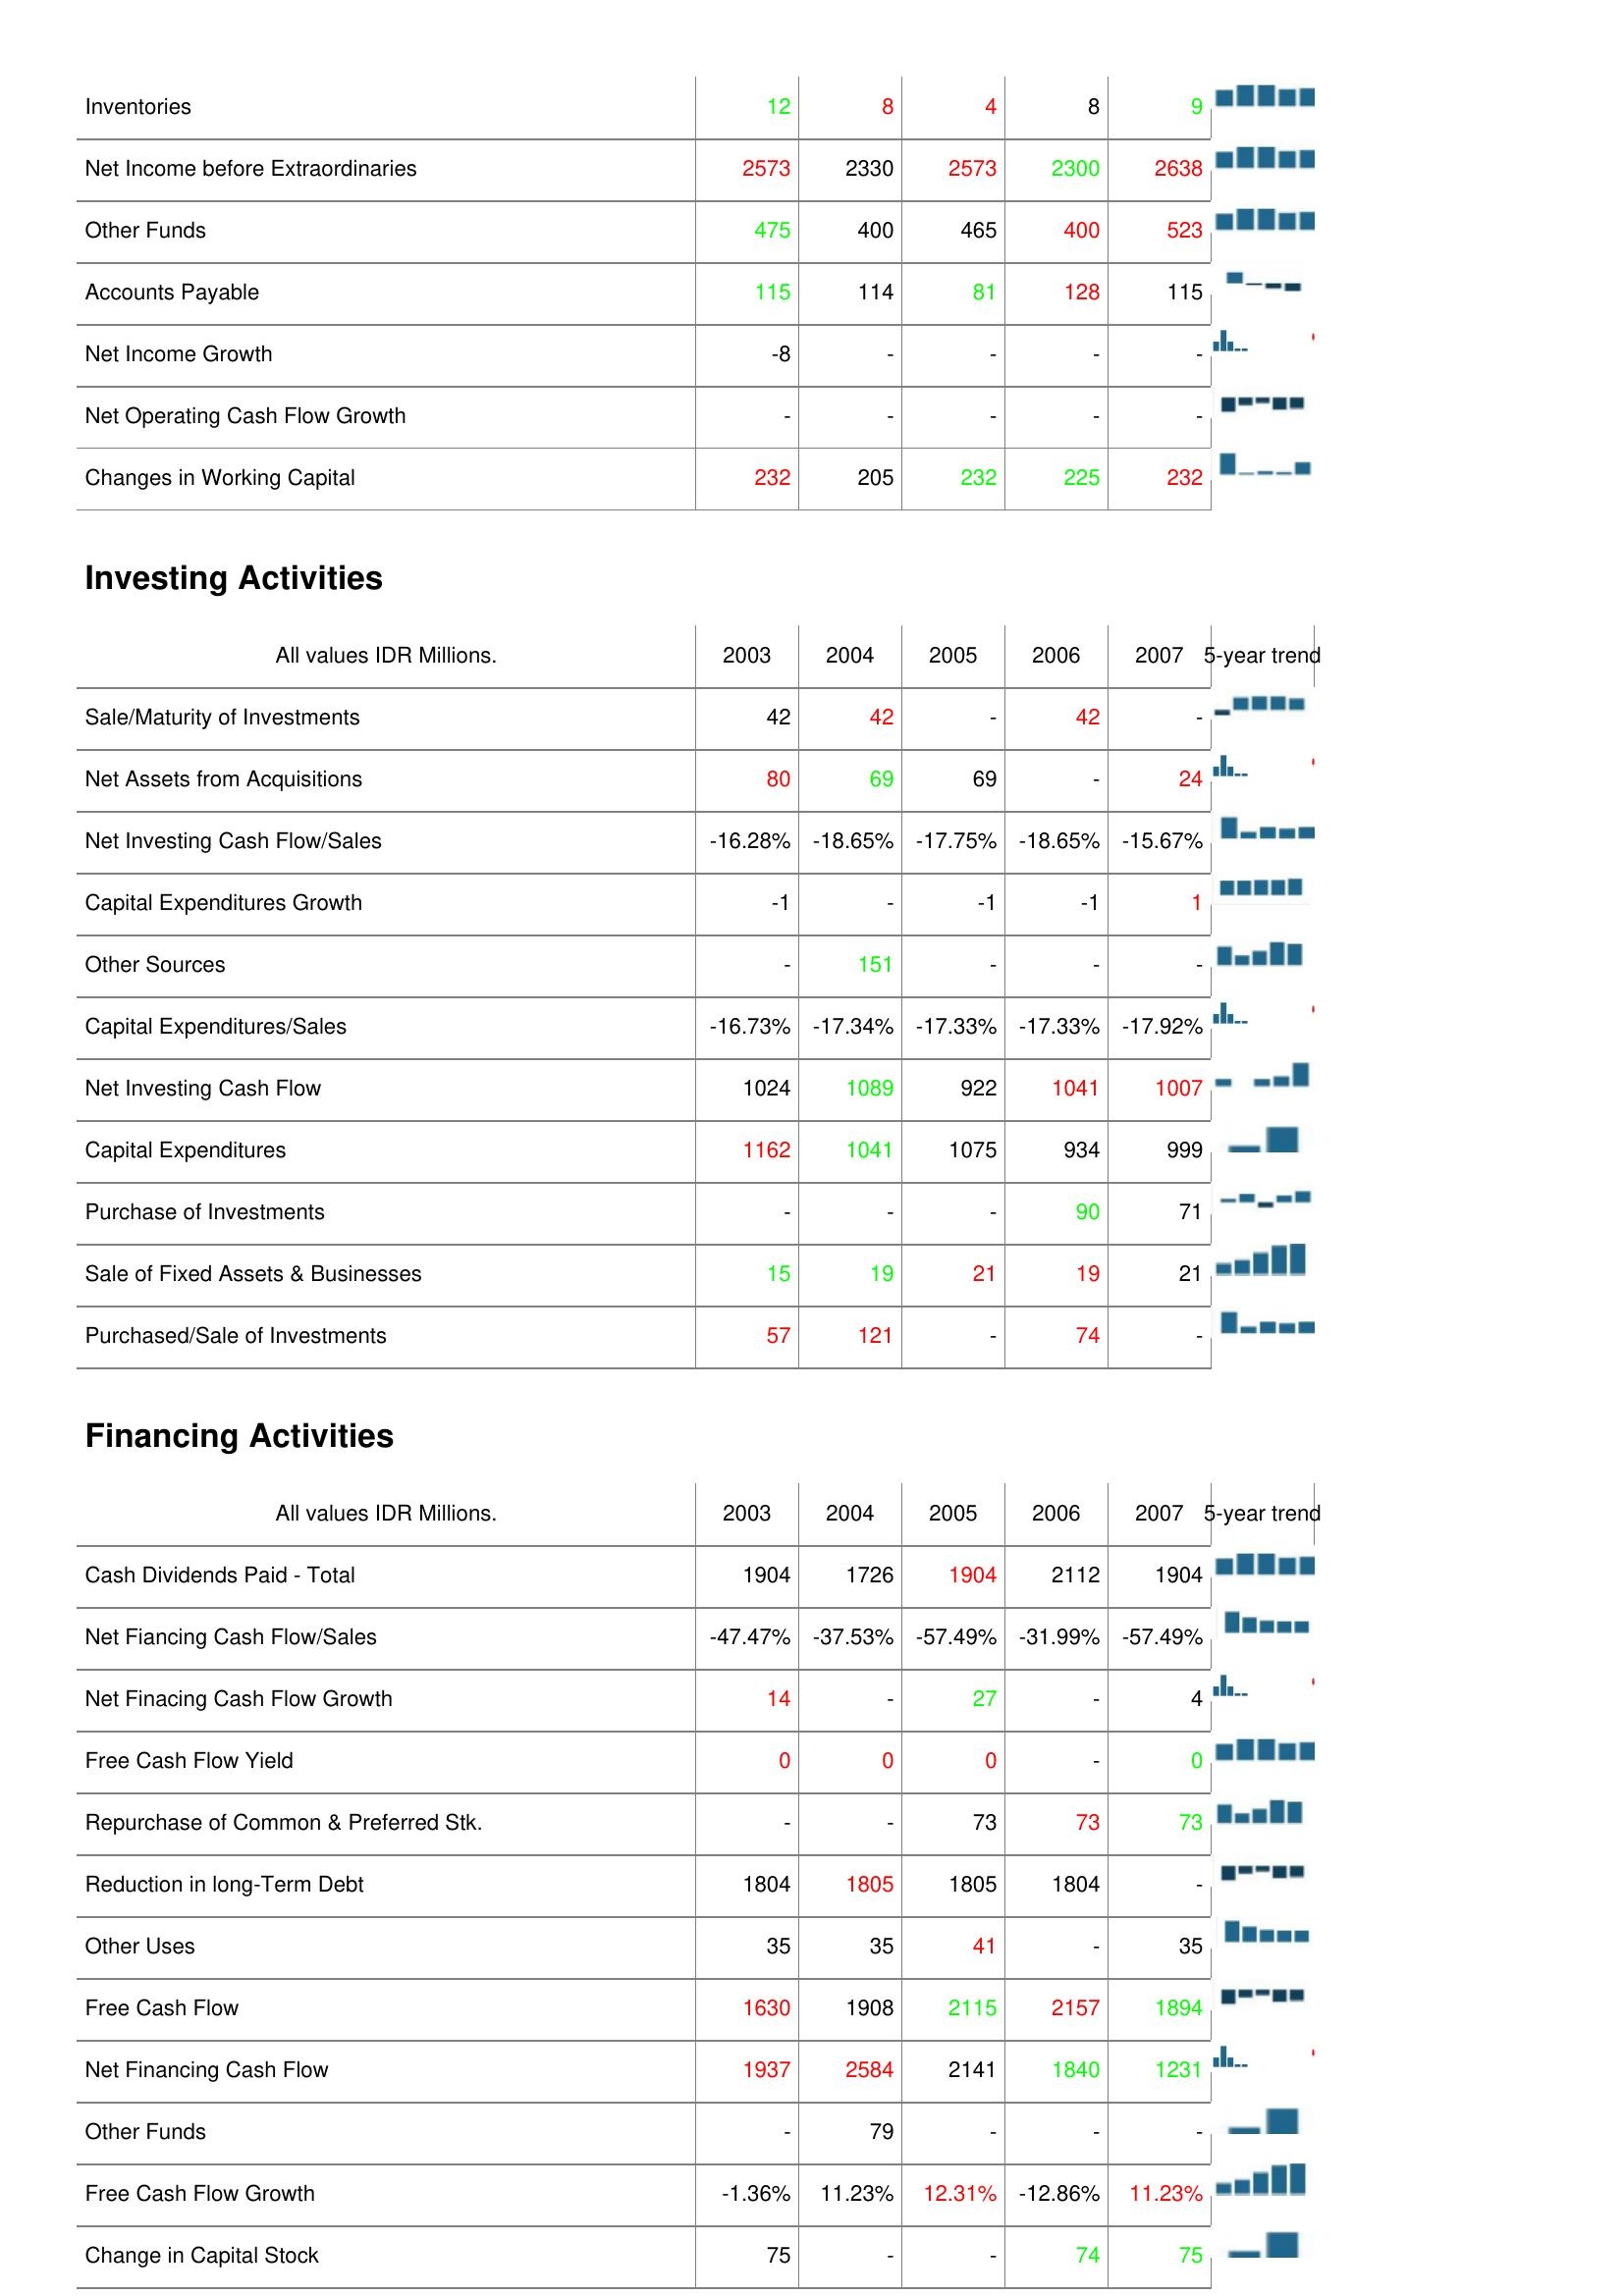
2003: Operating Activities: Inventories: 12
Net Income before Extraordinaries: 2573
Other Funds: 475
Accounts Payable: 115
Net Income Growth: -8
Net Operating Cash Flow Growth: -
Changes in Working Capital: 232
Investing Activities: Sale/Maturity of Investments: 42
Net Assets from Acquisitions: 80
Net Investing Cash Flow/Sales: -16.28%
Capital Expenditures Growth: -1
Other Sources: -
Capital Expenditures/Sales: -16.73%
Net Investing Cash Flow: 1024
Capital Expenditures: 1162
Purchase of Investments: -
Sale of Fixed Assets & Businesses: 15
Purchased/Sale of Investments: 57
Financing Activities: Cash Dividends Paid - Total: 1904
Net Fiancing Cash Flow/Sales: -47.47%
Net Finacing Cash Flow Growth: 14
Free Cash Flow Yield: 0
Repurchase of Common & Preferred Stk.: -
Reduction in long-Term Debt: 1804
Other Uses: 35
Free Cash Flow: 1630
Net Financing Cash Flow: 1937
Other Funds: -
Free Cash Flow Growth: -1.36%
Change in Capital Stock: 75
2004: Operating Activities: Inventories: 8
Net Income before Extraordinaries: 2330
Other Funds: 400
Accounts Payable: 114
Net Income Growth: -
Net Operating Cash Flow Growth: -
Changes in Working Capital: 205
Investing Activities: Sale/Maturity of Investments: 42
Net Assets from Acquisitions: 69
Net Investing Cash Flow/Sales: -18.65%
Capital Expenditures Growth: -
Other Sources: 151
Capital Expenditures/Sales: -17.34%
Net Investing Cash Flow: 1089
Capital Expenditures: 1041
Purchase of Investments: -
Sale of Fixed Assets & Businesses: 19
Purchased/Sale of Investments: 121
Financing Activities: Cash Dividends Paid - Total: 1726
Net Fiancing Cash Flow/Sales: -37.53%
Net Finacing Cash Flow Growth: -
Free Cash Flow Yield: 0
Repurchase of Common & Preferred Stk.: -
Reduction in long-Term Debt: 1805
Other Uses: 35
Free Cash Flow: 1908
Net Financing Cash Flow: 2584
Other Funds: 79
Free Cash Flow Growth: 11.23%
Change in Capital Stock: -
2005: Operating Activities: Inventories: 4
Net Income before Extraordinaries: 2573
Other Funds: 465
Accounts Payable: 81
Net Income Growth: -
Net Operating Cash Flow Growth: -
Changes in Working Capital: 232
Investing Activities: Sale/Maturity of Investments: -
Net Assets from Acquisitions: 69
Net Investing Cash Flow/Sales: -17.75%
Capital Expenditures Growth: -1
Other Sources: -
Capital Expenditures/Sales: -17.33%
Net Investing Cash Flow: 922
Capital Expenditures: 1075
Purchase of Investments: -
Sale of Fixed Assets & Businesses: 21
Purchased/Sale of Investments: -
Financing Activities: Cash Dividends Paid - Total: 1904
Net Fiancing Cash Flow/Sales: -57.49%
Net Finacing Cash Flow Growth: 27
Free Cash Flow Yield: 0
Repurchase of Common & Preferred Stk.: 73
Reduction in long-Term Debt: 1805
Other Uses: 41
Free Cash Flow: 2115
Net Financing Cash Flow: 2141
Other Funds: -
Free Cash Flow Growth: 12.31%
Change in Capital Stock: -
2006: Operating Activities: Inventories: 8
Net Income before Extraordinaries: 2300
Other Funds: 400
Accounts Payable: 128
Net Income Growth: -
Net Operating Cash Flow Growth: -
Changes in Working Capital: 225
Investing Activities: Sale/Maturity of Investments: 42
Net Assets from Acquisitions: -
Net Investing Cash Flow/Sales: -18.65%
Capital Expenditures Growth: -1
Other Sources: -
Capital Expenditures/Sales: -17.33%
Net Investing Cash Flow: 1041
Capital Expenditures: 934
Purchase of Investments: 90
Sale of Fixed Assets & Businesses: 19
Purchased/Sale of Investments: 74
Financing Activities: Cash Dividends Paid - Total: 2112
Net Fiancing Cash Flow/Sales: -31.99%
Net Finacing Cash Flow Growth: -
Free Cash Flow Yield: -
Repurchase of Common & Preferred Stk.: 73
Reduction in long-Term Debt: 1804
Other Uses: -
Free Cash Flow: 2157
Net Financing Cash Flow: 1840
Other Funds: -
Free Cash Flow Growth: -12.86%
Change in Capital Stock: 74
2007: Operating Activities: Inventories: 9
Net Income before Extraordinaries: 2638
Other Funds: 523
Accounts Payable: 115
Net Income Growth: -
Net Operating Cash Flow Growth: -
Changes in Working Capital: 232
Investing Activities: Sale/Maturity of Investments: -
Net Assets from Acquisitions: 24
Net Investing Cash Flow/Sales: -15.67%
Capital Expenditures Growth: 1
Other Sources: -
Capital Expenditures/Sales: -17.92%
Net Investing Cash Flow: 1007
Capital Expenditures: 999
Purchase of Investments: 71
Sale of Fixed Assets & Businesses: 21
Purchased/Sale of Investments: -
Financing Activities: Cash Dividends Paid - Total: 1904
Net Fiancing Cash Flow/Sales: -57.49%
Net Finacing Cash Flow Growth: 4
Free Cash Flow Yield: 0
Repurchase of Common & Preferred Stk.: 73
Reduction in long-Term Debt: -
Other Uses: 35
Free Cash Flow: 1894
Net Financing Cash Flow: 1231
Other Funds: -
Free Cash Flow Growth: 11.23%
Change in Capital Stock: 75